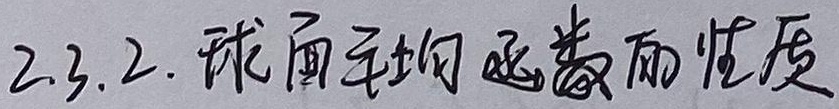
2.3.2. 球面平均函数的性质